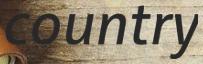
country